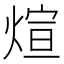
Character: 煊